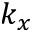
k _ { x }